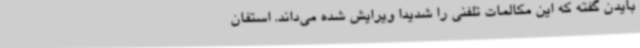
بایدن گفته که این مکالمات تلفنی را شدیدا ویرایش شده می‌داند. استفان